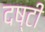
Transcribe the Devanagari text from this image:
दष्टी